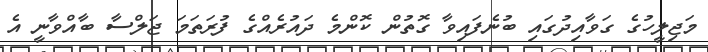
މަޖިލީހުގެ ގަވާއިދުގައި ބުނެފައިވާ ގޮތުން ކޮންމެ ދައުރެއްގެ ފުރަތަމަ ޖަލްސާ ބާއްވާނީ އެ